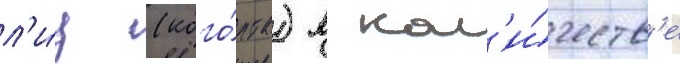
л'и́ц (кого́рта) в кол'и́честв'е